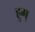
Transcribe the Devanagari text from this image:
हुम्